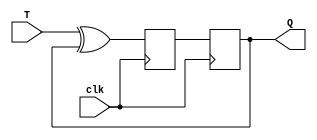
module T_FF(input T, input clk, output reg Q);

reg Q_master, Q_slave;

always @(posedge clk) begin
    Q_master <= T ^ Q_slave;
    Q_slave <= Q_master;
end

assign Q = Q_slave;

endmodule